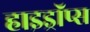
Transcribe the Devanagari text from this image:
हाइड्रॉप्स